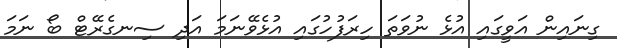
ގިނައިން އަވީގައި އުޅެ ނުވަތަ ހިރަފުހުގައި އުޅެވޭނަމަ އަދި ސިނގެރޭޓް ބޯ ނަމަ